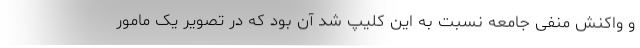
و واکنش منفی جامعه نسبت به این کلیپ شد آن بود که در تصویر یک مامور